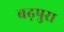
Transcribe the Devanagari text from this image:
बढ़पुरा